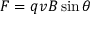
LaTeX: F = q v B \sin \theta